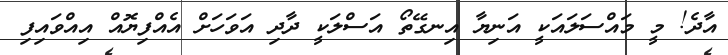
އާދެ! މީ މައްސަލައަކީ އަނިޔާ އިނގޭތޯ އަސްލަކީ ދާދި އަވަހަށް އެއްފިޔޮއް އިއްވައިފި